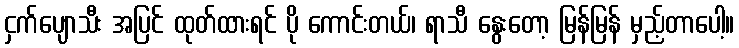
ငှက်ပျောသီး အပြင် ထုတ်ထားရင် ပို ကောင်းတယ်၊ ရာသီ နွေးတော့ မြန်မြန် မှည့်တာပေါ့။